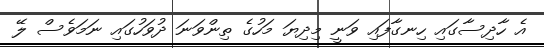
އެ ހާދިސާގައި ހިނގާފައި ވަނީ މިދިޔަ މަހުގެ ތިންވަނަ ދުވަހުގައި ނަމަވެސް ލޭ